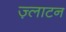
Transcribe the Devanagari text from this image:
ज़्लाटन